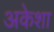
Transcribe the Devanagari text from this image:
अकेशा